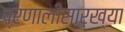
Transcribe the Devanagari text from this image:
प्रणालीसारख्या